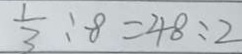
\frac { 1 } { 3 } : 8 = 4 8 : 2